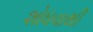
શોધવાથી